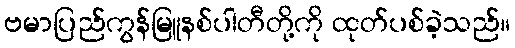
ဗမာပြည်ကွန်မြူနစ်ပါတီတို့ကို ထုတ်ပစ်ခဲ့သည်။